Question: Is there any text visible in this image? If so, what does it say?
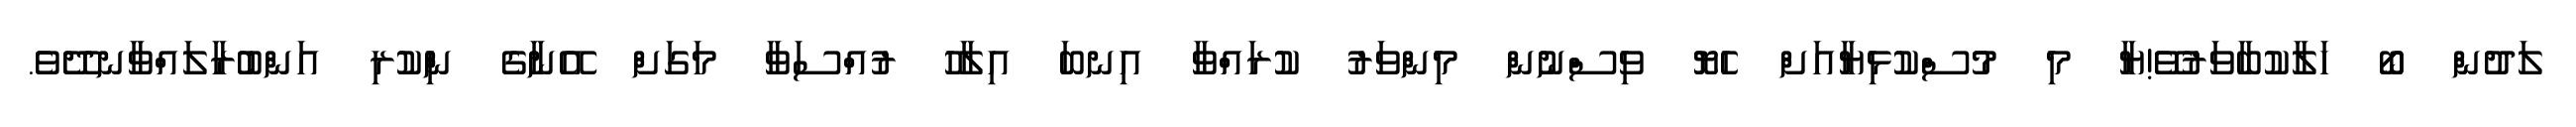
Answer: ލަދުން ބޯ ހަލާކުބާވަރުވޭ!ޔާ މި މުސްކުޅިޔާއަށް ހެޔޮ ވިސްނުން މިންވަރު ކުރައްވާ އިނބަ އިލާހު ރުއްސަވާ މަގަށް އޭނާގެ ނިްްކުރި އަންބުރާލައްވާނދޭވެ.